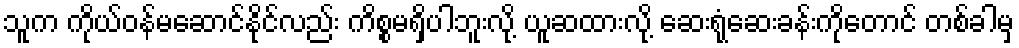
သူက ကိုယ်ဝန်မဆောင်နိုင်လည်း ကိစ္စမရှိပါဘူးလို့ ယူဆထားလို့ ဆေးရုံဆေးခန်းကိုတောင် တစ်ခါမှ